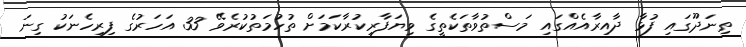
ތިނަދޫގައި ފުޅާ ދާއިރާއެއްގައި މަސްތުވާތަކެތީގެ ވިޔަފާރިކުރާކަމަށް ތުހުމަތުކުރެވޭ 33 އަހަރުގެ ފިރިހެނަކު ގިނަ